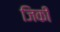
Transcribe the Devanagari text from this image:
जिकी